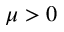
\mu > 0